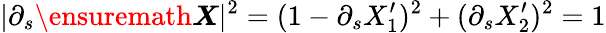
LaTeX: \vert\partial_{s}{\ensuremath\boldsymbol{X}}\vert^{2}=(1-\partial_{s}X_{1}^{\prime})^{2}+(\partial_{s}X_{2}^{\prime})^{2}=1